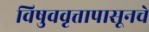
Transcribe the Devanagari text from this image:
विषुववृत्तापासूनचे